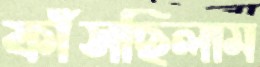
ফাঁসছিলাম